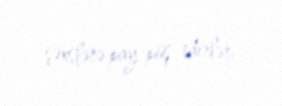
şəxslərə pay-püş edirlər.